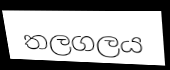
තලගලය